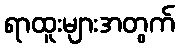
ရာထူးများအတွက်